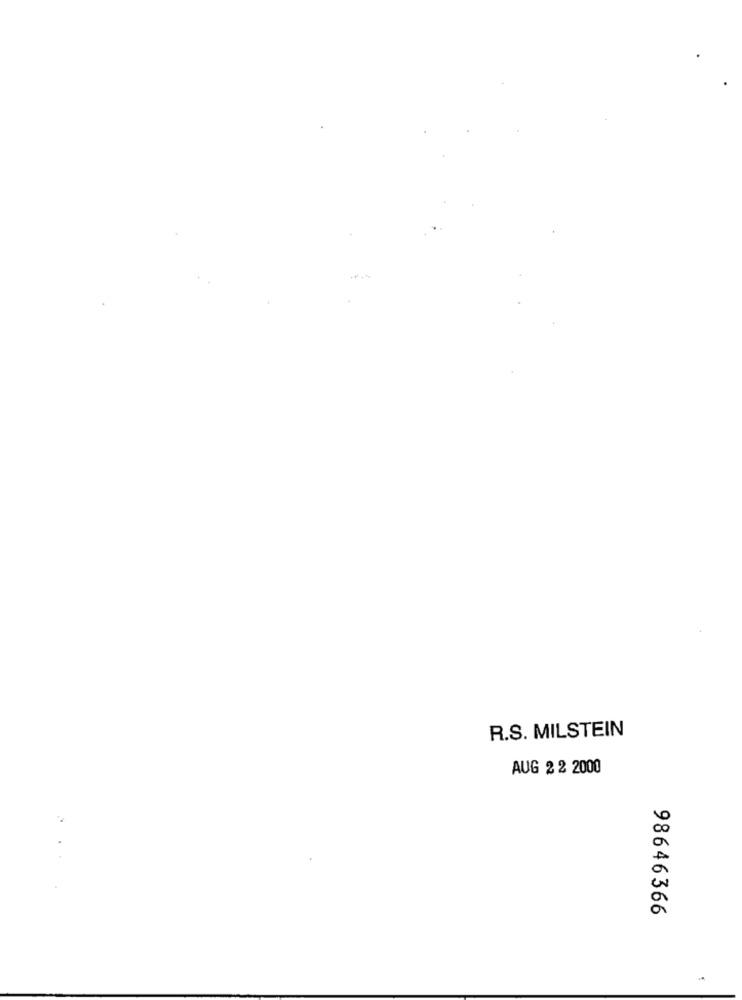
R.S. MILSTEIN
AUG 2 2 2000
98646366